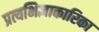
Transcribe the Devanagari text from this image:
प्रत्यभिज्ञाकारिका